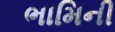
ભામિની